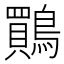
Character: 鷶